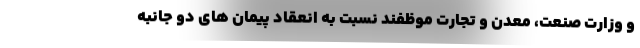
و وزارت صنعت، معدن و تجارت موظفند نسبت به انعقاد پیمان های دو جانبه